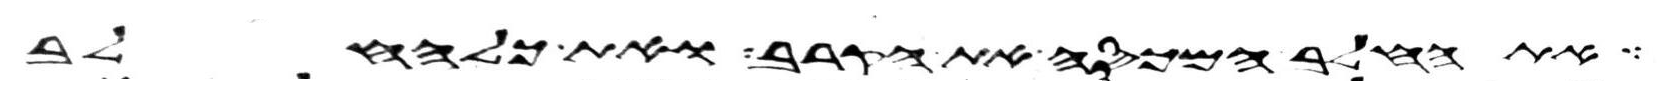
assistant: את החלב המכסה את הקרב ואת כל החלב